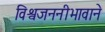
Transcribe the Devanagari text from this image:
विश्वजननीभावाने